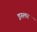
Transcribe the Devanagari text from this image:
इस्लर